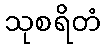
သုစရိတံ